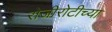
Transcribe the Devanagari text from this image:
रोजीरोटीच्या